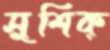
সুশিক্